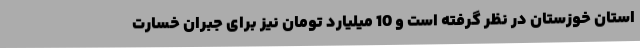
استان خوزستان در نظر گرفته است و 10 میلیارد تومان نیز برای جبران خسارت